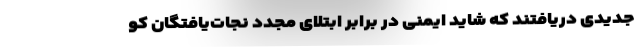
جدیدی دریافتند که شاید ایمنی در برابر ابتلای مجدد نجات‌یافتگان کو